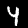
Label: 4